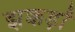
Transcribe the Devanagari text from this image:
झक्कड़ों